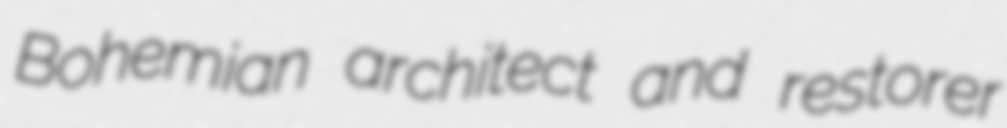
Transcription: Bohemian architect and restorer